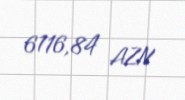
6116,84 AZN